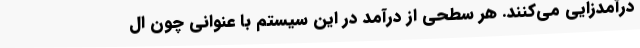
درآمدزایی می‌کنند. هر سطحی از درآمد در این سیستم با عنوانی چون ال